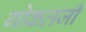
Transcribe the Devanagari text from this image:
गोकलजी